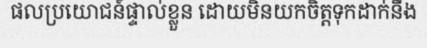
ផលប្រយោជន៍ផ្ទាល់ខ្លួន ដោយមិនយកចិត្តទុកដាក់នឹង